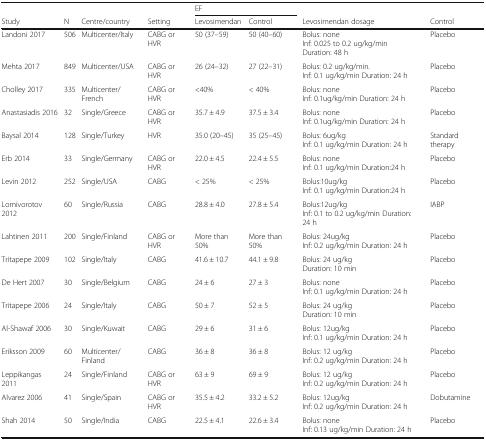
<table><thead><tr><td></td><td></td><td></td><td></td><td colspan="2"><b>EF</b></td><td></td><td></td></tr><tr><td><b>Study</b></td><td><b>N</b></td><td><b>Centre/country</b></td><td><b>Setting</b></td><td><b>Levosimendan</b></td><td><b>Control</b></td><td><b>Levosimendan dosage</b></td><td><b>Control</b></td></tr></thead><tbody><tr><td>Landoni 2017</td><td>506</td><td>Multicenter/Italy</td><td>CABG or HVR</td><td>50 (37–59)</td><td>50 (40–60)</td><td>Bolus: noneInf: 0.025 to 0.2 ug/kg/minDuration: 48 h</td><td>Placebo</td></tr><tr><td>Mehta 2017</td><td>849</td><td>Multicenter/USA</td><td>CABG or HVR</td><td>26 (24–32)</td><td>27 (22–31)</td><td>Bolus: 0.2 ug/kg/min.Inf: 0.1 ug/kg/min Duration: 24 h</td><td>Placebo</td></tr><tr><td>Cholley 2017</td><td>335</td><td>Multicenter/French</td><td>CABG or HVR</td><td>&lt;40%</td><td>&lt; 40%</td><td>Bolus: noneInf: 0.1ug/kg/min Duration: 24 h</td><td>Placebo</td></tr><tr><td>Anastasiadis 2016</td><td>32</td><td>Single/Greece</td><td>CABG or HVR</td><td>35.7 ± 4.9</td><td>37.5 ± 3.4</td><td>Bolus: noneInf: 0.1ug/kg/min Duration: 24 h</td><td>Placebo</td></tr><tr><td>Baysal 2014</td><td>128</td><td>Single/Turkey</td><td>HVR</td><td>35.0 (20–45)</td><td>35 (25–45)</td><td>Bolus: 6ug/kgInf: 0.1 ug/kg/min Duration: 24 h</td><td>Standard therapy</td></tr><tr><td>Erb 2014</td><td>33</td><td>Single/Germany</td><td>CABG or HVR</td><td>22.0 ± 4.5</td><td>22.4 ± 5.5</td><td>Bolus: noneInf: 0.1 ug/kg/min Duration:24 h</td><td>Placebo</td></tr><tr><td>Levin 2012</td><td>252</td><td>Single/USA</td><td>CABG</td><td>&lt; 25%</td><td>&lt; 25%</td><td>Bolus:10ug/kgInf: 0.1 ug/kg/min Duration:24 h</td><td>Placebo</td></tr><tr><td>Lomivorotov 2012</td><td>60</td><td>Single/Russia</td><td>CABG</td><td>28.8 ± 4.0</td><td>27.8 ± 5.4</td><td>Bolus:12ug/kgInf: 0.1 to 0.2 ug/kg/min Duration: 24 h</td><td>IABP</td></tr><tr><td>Lahtinen 2011</td><td>200</td><td>Single/Finland</td><td>CABG or HVR</td><td>More than 50%</td><td>More than 50%</td><td>Bolus: 24ug/kgInf: 0.2 ug/kg/min Duration: 24 h</td><td>Placebo</td></tr><tr><td>Tritapepe 2009</td><td>102</td><td>Single/Italy</td><td>CABG</td><td>41.6 ± 10.7</td><td>44.1 ± 9.8</td><td>Bolus: 24 ug/kgDuration: 10 min</td><td>Placebo</td></tr><tr><td>De Hert 2007</td><td>30</td><td>Single/Belgium</td><td>CABG</td><td>24 ± 6</td><td>27 ± 3</td><td>Bolus: noneInf: 0.1 ug/kg/min Duration: 24 h</td><td>Placebo</td></tr><tr><td>Tritapepe 2006</td><td>24</td><td>Single/Italy</td><td>CABG</td><td>50 ± 7</td><td>52 ± 5</td><td>Bolus: 24 ug/kgDuration: 10 min</td><td>Placebo</td></tr><tr><td>Al-Shawaf 2006</td><td>30</td><td>Single/Kuwait</td><td>CABG</td><td>29 ± 6</td><td>31 ± 6</td><td>Bolus: 12ug/kgInf: 0.1 ug/kg/min Duration: 24 h</td><td>Placebo</td></tr><tr><td>Eriksson 2009</td><td>60</td><td>Multicenter/Finland</td><td>CABG</td><td>36 ± 8</td><td>36 ± 8</td><td>Bolus: 12 ug/kgInf: 0.2 ug/kg/min Duration: 24 h</td><td>Placebo</td></tr><tr><td>Leppikangas 2011</td><td>24</td><td>Single/Finland</td><td>CABG or HVR</td><td>63 ± 9</td><td>69 ± 9</td><td>Bolus: 12 ug/kgInf: 0.2 ug/kg/min Duration: 24 h</td><td>Placebo</td></tr><tr><td>Alvarez 2006</td><td>41</td><td>Single/Spain</td><td>CABG or HVR</td><td>35.5 ± 4.2</td><td>33.2 ± 5.2</td><td>Bolus: 12ug/kgInf: 0.2 ug/kg/min Duration: 24 h</td><td>Dobutamine</td></tr><tr><td>Shah 2014</td><td>50</td><td>Single/India</td><td>CABG</td><td>22.5 ± 4.1</td><td>22.6 ± 3.4</td><td>Bolus: noneInf: 0.13 ug/kg/min Duration: 24 h</td><td>Placebo</td></tr></tbody></table>